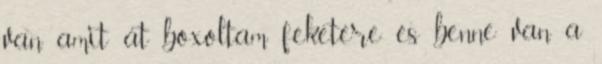
van amit át boxoltam feketére és benne van a